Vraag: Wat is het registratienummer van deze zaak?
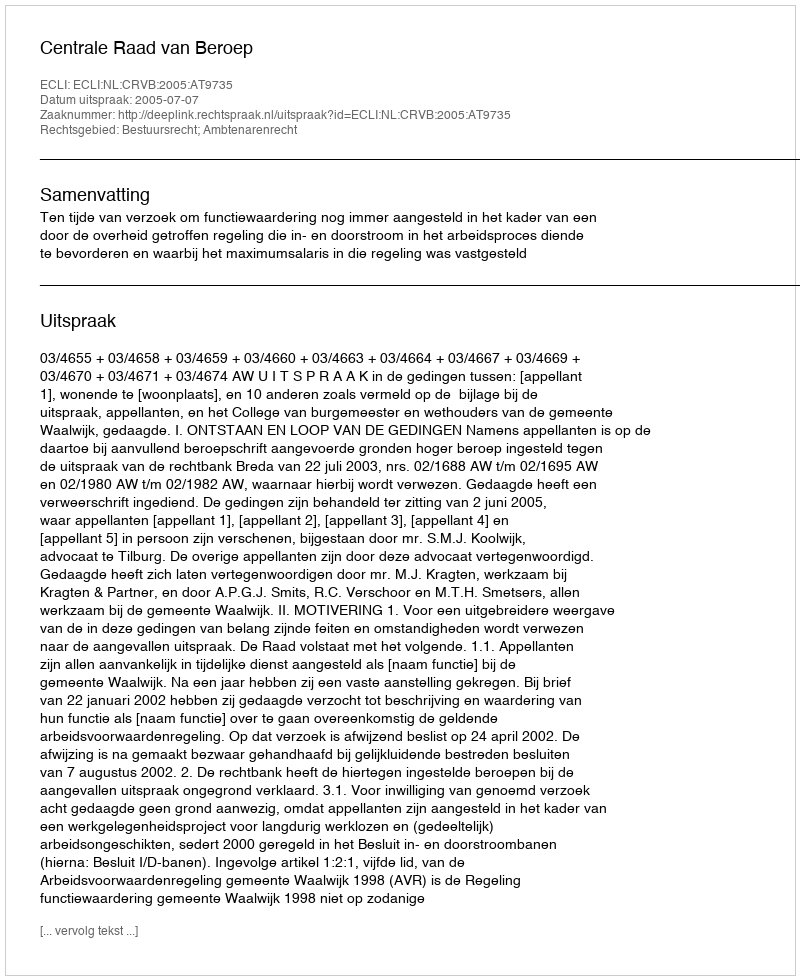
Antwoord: http://deeplink.rechtspraak.nl/uitspraak?id=ECLI:NL:CRVB:2005:AT9735